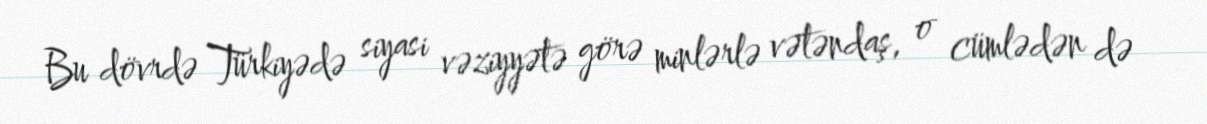
Bu dövrdə Türkiyədə siyasi vəziyyətə görə minlərlə vətəndaş, o cümlədən də